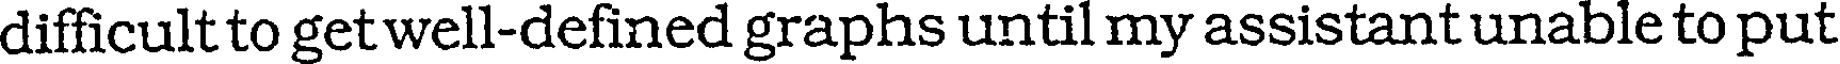
difficult to get well-defined graphs until my assistant unable to put